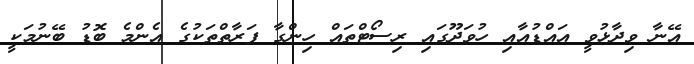
އޭނާ ވިދާޅުވީ އައްޑުއާއި ހުވަދޫގައި ރިސޯޓްތައް ހިންގާ ފަރާތްތަކުގެ އެންމެ ބޮޑު ބޭނުމަކީ